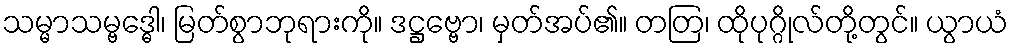
သမ္မာသမ္ဗဒ္ဓေါ၊ မြတ်စွာဘုရားကို။ ဒဋ္ဌဗ္ဗော၊ မှတ်အပ်၏။ တတြ၊ ထိုပုဂ္ဂိုလ်တို့တွင်။ ယွာယံ